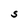
Character: S